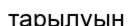
тарылуын